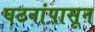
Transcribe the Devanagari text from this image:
घटनांपासून